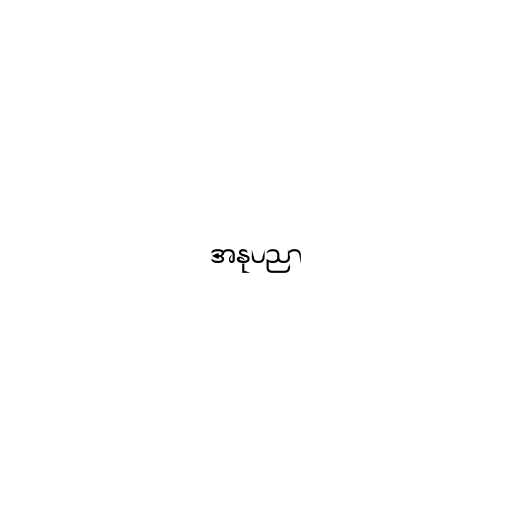
အနုပညာ